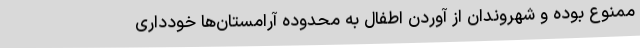
ممنوع بوده و شهروندان از آوردن اطفال به محدوده آرامستان‌ها خودداری